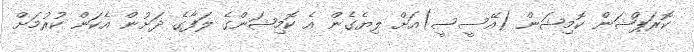
ކޮރަޕްޝަން ކޮމިޝަން (އޭސީސީ)އަށް ލިޔެގެން އެ ކޮމިޝަންގެ ލަފާގެ ދަށުން އެކަން ކުރުމަށް